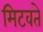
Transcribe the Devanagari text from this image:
मिटवते